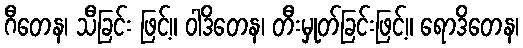
ဂီတေန၊ သီခြင်း ဖြင့်။ ဝါဒိတေန၊ တီးမှုတ်ခြင်းဖြင့်။ ရောဒိတေန၊